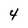
Character: 4